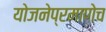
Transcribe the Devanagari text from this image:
योजनेप्रमाणेच